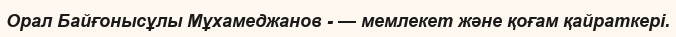
Орал Байғонысұлы Мұхамеджанов - — мемлекет және қоғам қайраткері.